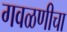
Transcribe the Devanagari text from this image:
गवळणीचा